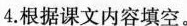
4.根据课文内容填空。